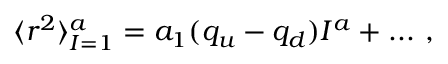
\langle r ^ { 2 } \rangle _ { I = 1 } ^ { a } = a _ { 1 } ( q _ { u } - q _ { d } ) { { I ^ { a } } } + . . . \ ,